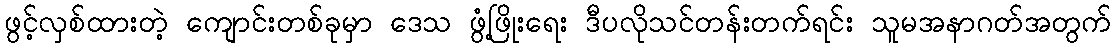
ဖွင့်လှစ်ထားတဲ့ ကျောင်းတစ်ခုမှာ ဒေသ ဖွံ့ဖြိုးရေး ဒီပလိုသင်တန်းတက်ရင်း သူမအနာဂတ်အတွက်